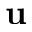
{ \bf u }